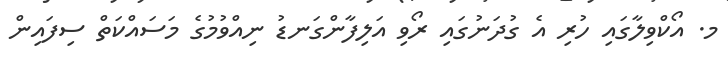
މ. އޯކްވިލާގައި ހުރި އެ ގުދަނުގައި ރޯވި އަލިފާންގަނޑު ނިއްވުމުގެ މަސައްކަތް ސިފައިން